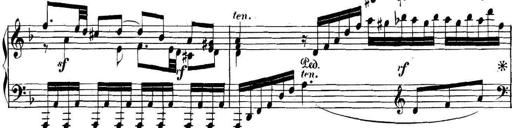
Title: Collected Piano Sonatas
Composer: Muzio Clementi